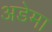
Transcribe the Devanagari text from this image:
अडेमा